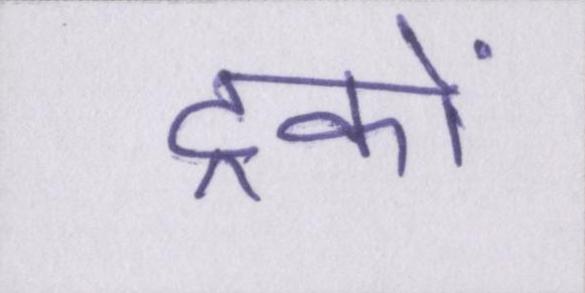
ट्रकों